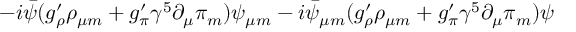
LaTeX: - i \bar { \psi } ( g _ { \rho } ^ { \prime } \rho _ { \mu m } + g _ { \pi } ^ { \prime } { \gamma ^ { 5 } } \partial _ { \mu } \pi _ { m } ) \psi _ { \mu m } - i \bar { \psi } _ { \mu m } ( g _ { \rho } ^ { \prime } \rho _ { \mu m } + g _ { \pi } ^ { \prime } { \gamma ^ { 5 } } \partial _ { \mu } \pi _ { m } ) \psi